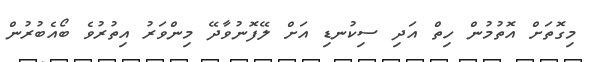
މިގޮތަށް އޮތުމުން ހިތް އަދި ސިކުނޑި އަށް ލޭފޮނުވާދޭ މިންވަރު އިތުރުވެ ބޯއެބުރުން